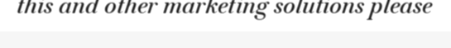
this and other marketing solutions please